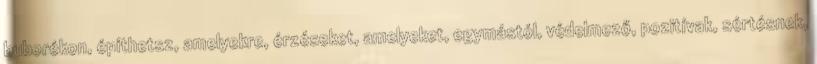
buborékon, építhetsz, amelyekre, érzéseket, amelyeket, egymástól, védelmező, pozitívak, sértésnek,